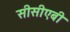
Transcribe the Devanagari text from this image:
सीसीएबी